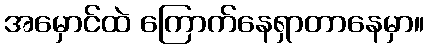
အမှောင်ထဲ ကြောက်နေရှာတာနေမှာ။